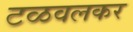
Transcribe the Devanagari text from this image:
टळवलकर